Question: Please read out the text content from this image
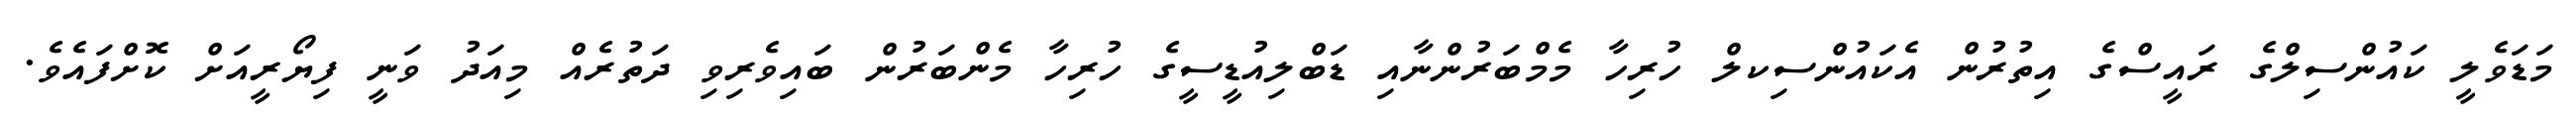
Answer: މަޑަވެލީ ކައުންސިލްގެ ރައީސްގެ އިތުރުން އެކައުންސިކލް ހުރިހާ މެމްބަރުންނާއި ޑަބްލިއުޑީސީގެ ހުރިހާ މެންބަރުން ބައިވެރިވި ދަތުރެއް މިއަދު ވަނީ ފިޔޯރީއަށް ކޮށްފައެވެ.